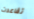
تقاعدت